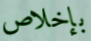
بإخلاص